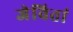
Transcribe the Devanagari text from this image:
जेवितां